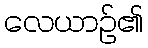
လေယာဉ်၏